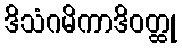
ဒိသံဂမိကာဒိဝတ္ထု